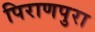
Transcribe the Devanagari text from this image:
पिराणपुरा